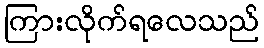
ကြားလိုက်ရလေသည်